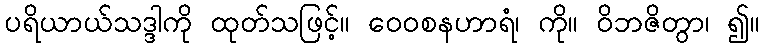
ပရိယာယ်သဒ္ဒါကို ထုတ်သဖြင့်။ ဝေဝစနဟာရံ၊ ကို။ ဝိဘဇိတွာ၊ ၍။